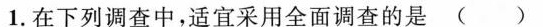
1.在下列调查中，适宜采用全面调查的是( )